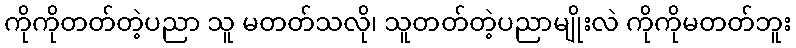
ကိုကိုတတ်တဲ့ပညာ သူ မတတ်သလို၊ သူတတ်တဲ့ပညာမျိုးလဲ ကိုကိုမတတ်ဘူး